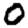
Digit: 0